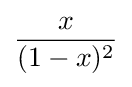
{\frac {x}{(1-x)^{2}}}